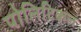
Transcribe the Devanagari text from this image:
पोलिटिकल